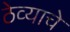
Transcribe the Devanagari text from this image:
ठेव्याचे